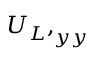
{ U _ { L } , } _ { y y }